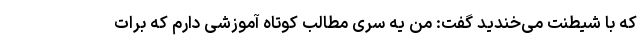
که با شیطنت می­خندید گفت: من یه سری مطالب کوتاه آموزشی دارم که برات